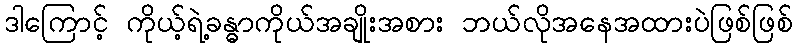
ဒါကြောင့် ကိုယ့်ရဲ့ခန္ဓာကိုယ်အချိုးအစား ဘယ်လိုအနေအထားပဲဖြစ်ဖြစ်